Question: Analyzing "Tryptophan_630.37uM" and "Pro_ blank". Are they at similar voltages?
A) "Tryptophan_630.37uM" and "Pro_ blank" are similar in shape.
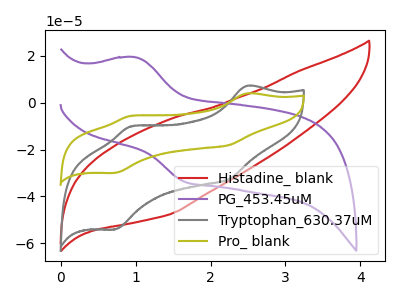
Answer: <think>The red curve "Histadine_ blank" has no peaks. The purple curve "PG_453.45uM" has an anodic peak at (1.00V, 19.50uA) and a cathodic peak at (1.65V, -33.80uA). The gray curve "Tryptophan_630.37uM" has anodic peaks at (2.50V, 7.25uA) (0.95V, -10.05uA) and cathodic peaks at (2.25V, -32.55uA) (0.70V, -54.05uA). The olive curve "Pro_ blank" has anodic peaks at (2.50V, 4.00uA) (0.95V, -5.55uA) and cathodic peaks at (2.25V, -18.05uA) (0.70V, -29.95uA).
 All the peaks in "Tryptophan_630.37uM" have a peak in "Pro_ blank" at the same potential.</think>
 <answer>A) "Tryptophan_630.37uM" and "Pro_ blank" are similar in shape.</answer>
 <eval>A</eval>